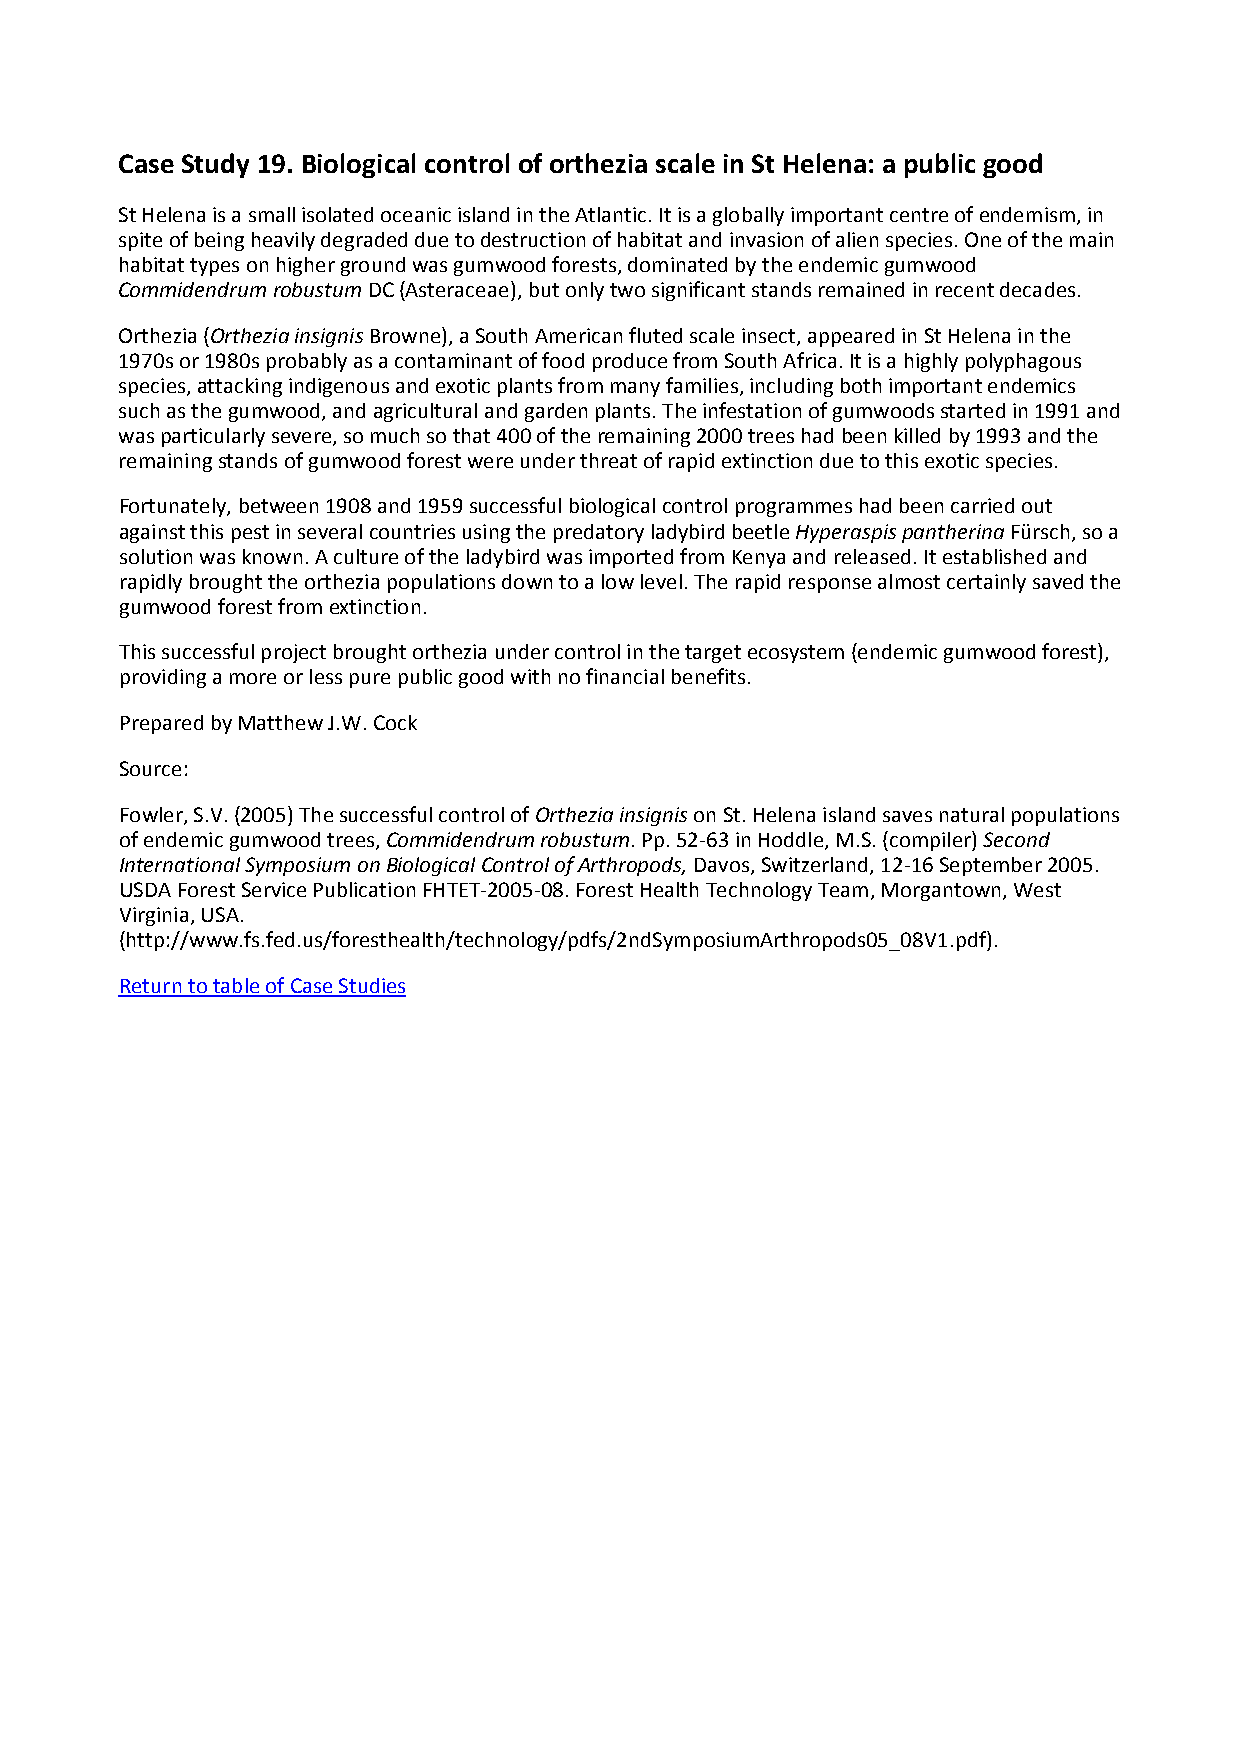
Case Study 19. Biological control of orthezia scale in St Helena: a public good
 St Helena is a small isolated oceanic island in the Atlantic. It is a globally important centre of endemism, in
 spite of being heavily degraded due to destruction of habitat and invasion of alien species. One of the main
 habitat types on higher ground was gumwood forests, dominated by the endemic gumwood
 Commidendrum robustum DC (Asteraceae), but only two significant stands remained in recent decades.
 Orthezia (Orthezia insignis Browne), a South American fluted scale insect, appeared in St Helena in the
 1970s or 1980s probably as a contaminant of food produce from South Africa. It is a highly polyphagous
 species, attacking indigenous and exotic plants from many families, including both important endemics
 such as the gumwood, and agricultural and garden plants. The infestation of gumwoods started in 1991 and
 was particularly severe, so much so that 400 of the remaining 2000 trees had been killed by 1993 and the
 remaining stands of gumwood forest were under threat of rapid extinction due to this exotic species.
 Fortunately, between 1908 and 1959 successful biological control programmes had been carried out
 against this pest in several countries using the predatory ladybird beetle Hyperaspis pantherina Fürsch, so a
 solution was known. A culture of the ladybird was imported from Kenya and released. It established and
 rapidly brought the orthezia populations down to a low level. The rapid response almost certainly saved the
 gumwood forest from extinction.
 This successful project brought orthezia under control in the target ecosystem (endemic gumwood forest),
 providing a more or less pure public good with no financial benefits.
 Prepared by Matthew J.W. Cock
 Source:
 Fowler, S.V. (2005) The successful control of Orthezia insignis on St. Helena island saves natural populations
 of endemic gumwood trees, Commidendrum robustum. Pp. 52‐63 in Hoddle, M.S. (compiler) Second
 International Symposium on Biological Control of Arthropods, Davos, Switzerland, 12‐16 September 2005.
 USDA Forest Service Publication FHTET‐2005‐08. Forest Health Technology Team, Morgantown, West
 Virginia, USA.
 (http://www.fs.fed.us/foresthealth/technology/pdfs/2ndSymposiumArthropods05_08V1.pdf).
 Return to table of Case Studies